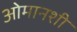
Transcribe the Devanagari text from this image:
ओमानशी